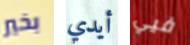
بخير أيدي فيي